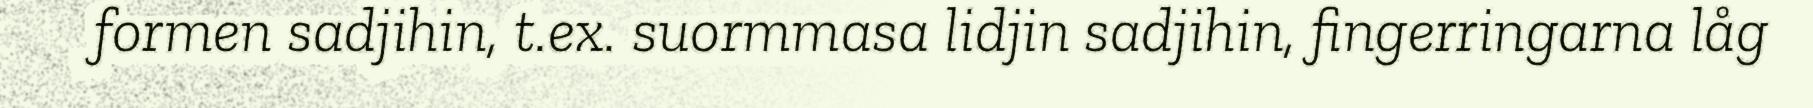
formen sadjihin, t.ex. suormmasa lidjin sadjihin, fingerringarna låg